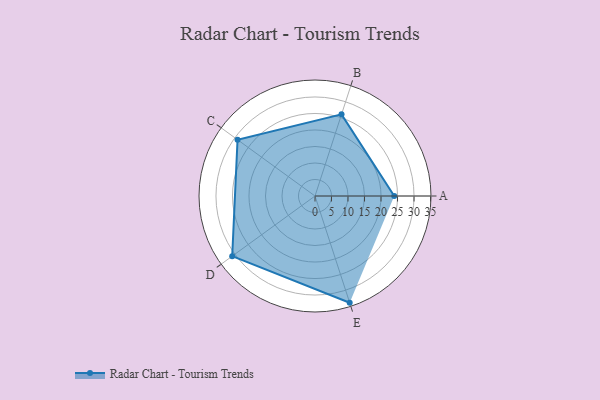
{"axis": {"x": "Skill", "y": "Score"}, "legend": ["Profile"], "data": [{"x": "A", "y": 24.0, "type": "Profile"}, {"x": "B", "y": 26.0, "type": "Profile"}, {"x": "C", "y": 29.0, "type": "Profile"}, {"x": "D", "y": 31.0, "type": "Profile"}, {"x": "E", "y": 34.0, "type": "Profile"}]}